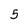
Character: 5